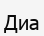
Диа